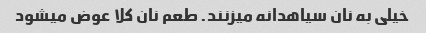
خیلی به نان سیاهدانه میزنند. طعم نان کلا عوض میشود